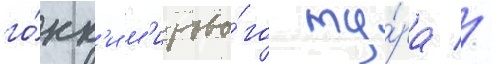
го́нк'и м'ирово́го ту́ра //